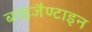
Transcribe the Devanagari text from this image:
बाइजैण्टाइन